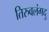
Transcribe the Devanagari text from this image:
तिरुवलंगदु